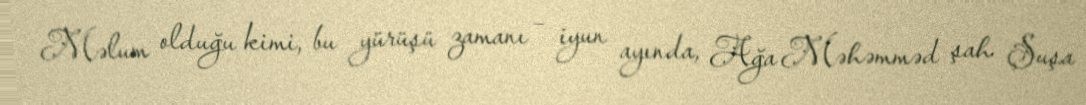
Məlum olduğu kimi, bu yürüşü zamanı – iyun ayında, Ağa Məhəmməd şah Şuşa